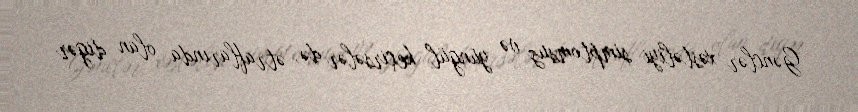
Gənclər xəstəliyi simptomsuz və yüngül keçirsələr də, ətraflarında olan digər